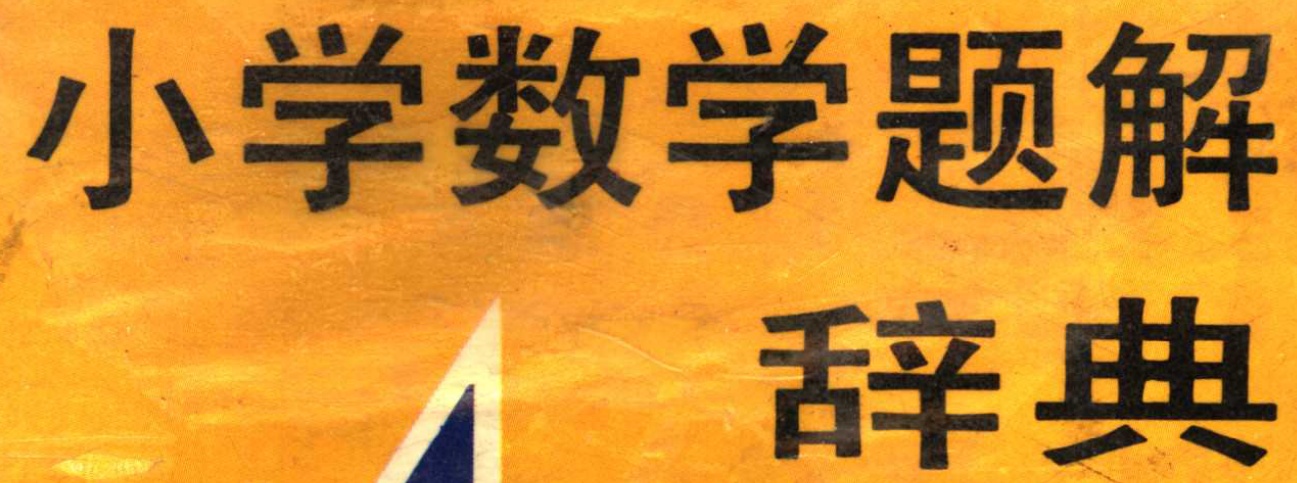
小学数学题解\\ 辞典